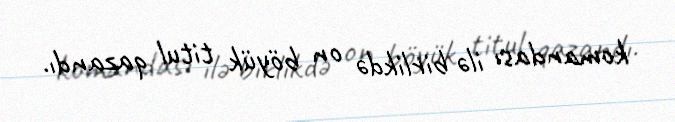
komandası ilə birlikdə on böyük titul qazandı.